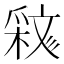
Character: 𣁝